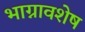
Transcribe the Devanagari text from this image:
भाग्नावशेष